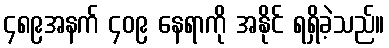
၄၈၉အနက် ၄၀၉ နေရာကို အနိုင် ရရှိခဲ့သည်။